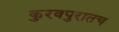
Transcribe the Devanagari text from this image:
कुरवपुरातच